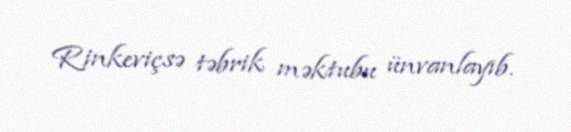
Rinkeviçsə təbrik məktubu ünvanlayıb.